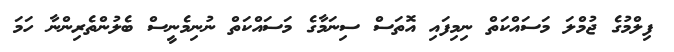
ފިލްމުގެ ޖުމްލަ މަސައްކަތް ނިމިފައި އޮތަސް ސިނަމާގެ މަސައްކަތް ނުނިމެނީސް ބެލުންތެރިންނާ ހަމަ